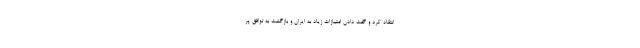
انتقاد کرد و گفت دادن امتیازات زیاد به ایران و بازگشت به توافق پر